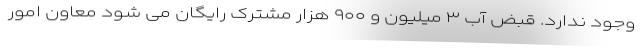
وجود ندارد. قبض آب ۳ میلیون و ۹۰۰ هزار مشترک رایگان می شود معاون امور